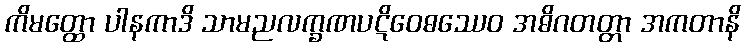
ကိမတ္ထော ပါနကာဒိ သာမညလက္ခဏပဋိဝေဓဿေဝ အဓိဂတတ္တာ အကတာနိ